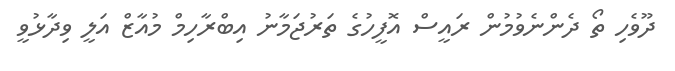
ދޫވެހި ތޯ ދެންނެވުމުން ރައީސް އޮފީހުގެ ތަރުޖަމާނު އިބްރާހިމް މުއާޒް އަލީ ވިދާޅުވީ